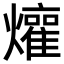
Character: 𬋜